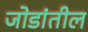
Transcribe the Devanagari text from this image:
जोडांतील